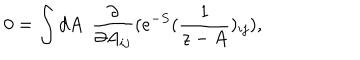
LaTeX: 0 = \int d A ~ ~ { \frac { \partial } { \partial A _ { i j } } } ( e ^ { - S } ( { \frac { 1 } { z - A } } ) _ { i j } ) ,